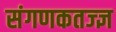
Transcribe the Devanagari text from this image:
संगणकतज्‍ज्ञ